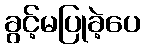
ခွင့်မပြုခဲ့ပေ